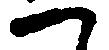
一